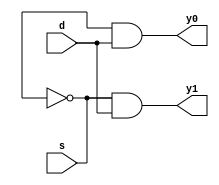
`timescale 1ns / 1ps
//////////////////////////////////////////////////////////////////////////////////
// Company: 
// Engineer: 
// 
// Design Name: 
// Module Name: DMUX_1x2_GL
// Project Name: 
// Target Devices: 
// Tool Versions: 
// Description: 
// 
// Dependencies: 
// 
// Revision:
// Revision 0.01 - File Created
// Additional Comments:
// 
//////////////////////////////////////////////////////////////////////////////////


module DMUX_1x2_GL(

input d,s, 
output y0,y1

    );
not n(s,sn);
and A0(y0,sn,d);
and A1(y1,s,d);
    
endmodule